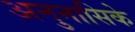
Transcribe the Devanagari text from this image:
अनुनासिके